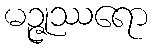
မဉ္ဇုဿရော